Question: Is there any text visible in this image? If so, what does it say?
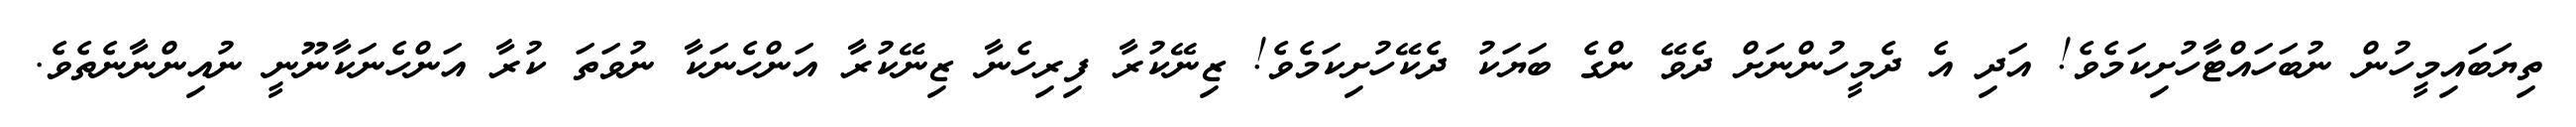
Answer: ތިޔަބައިމީހުން ނުބަހައްޓާހުށިކަމެވެ! އަދި އެ ދެމީހުންނަށް ދެވޭ ންގެ ބަޔަކު ދެކޭހުށިކަމެވެ! ޒިނޭކުރާ ފިރިހެނާ ޒިނޭކުރާ އަންހެނަކާ ނުވަތަ ކުރާ އަންހެނަކާނޫނީ ނުއިންނާނެތެވެ.